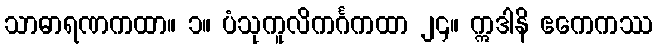
သာဓာရဏကထာ။ ၁။ ပံသုကူလိကင်္ဂကထာ ၂၄။ ဣဒါနိ ဧကေကဿ